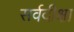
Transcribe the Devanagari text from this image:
सर्वदीक्षा